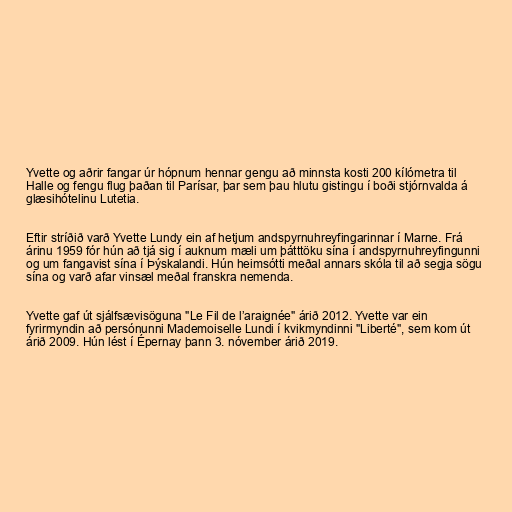
Yvette og aðrir fangar úr hópnum hennar gengu að minnsta kosti 200 kílómetra til
Halle og fengu flug þaðan til Parísar, þar sem þau hlutu gistingu í boði stjórnvalda á
glæsihótelinu Lutetia.

Eftir stríðið varð Yvette Lundy ein af hetjum andspyrnuhreyfingarinnar í Marne. Frá
árinu 1959 fór hún að tjá sig í auknum mæli um þátttöku sína í andspyrnuhreyfingunni
og um fangavist sína í Þýskalandi. Hún heimsótti meðal annars skóla til að segja sögu
sína og varð afar vinsæl meðal franskra nemenda.

Yvette gaf út sjálfsævisöguna "Le Fil de l’araignée" árið 2012. Yvette var ein
fyrirmyndin að persónunni Mademoiselle Lundi í kvikmyndinni "Liberté", sem kom út
árið 2009. Hún lést í Épernay þann 3. nóvember árið 2019.